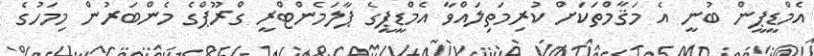
އެމްޑީޕީން ބުނީ އެ މަޤާމްތަކަށް ކުރިމަތިލައްވާ އެމްޑީޕީގެ ޕާލަމެންޓްރީ ގްރޫޕްގެ މެންބަރުން މިމަހުގެ